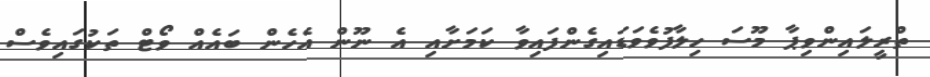
ތްރީލައިންވިޕާ މޫސަ ހިލާފުވެވަޑައިގެންފައިވާ ކަމަށާއި އެ ނޫން އެހެން ބައެއް ވޯޓް ތަކުގައިވެސް